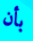
بأن